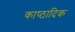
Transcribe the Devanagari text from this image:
काष्‍ठादिक